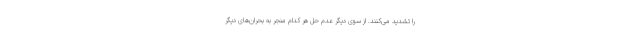
را تشدید می‌کنند. از سوی دیگر عدم حل هر کدام منجر به بحران‌های دیگر